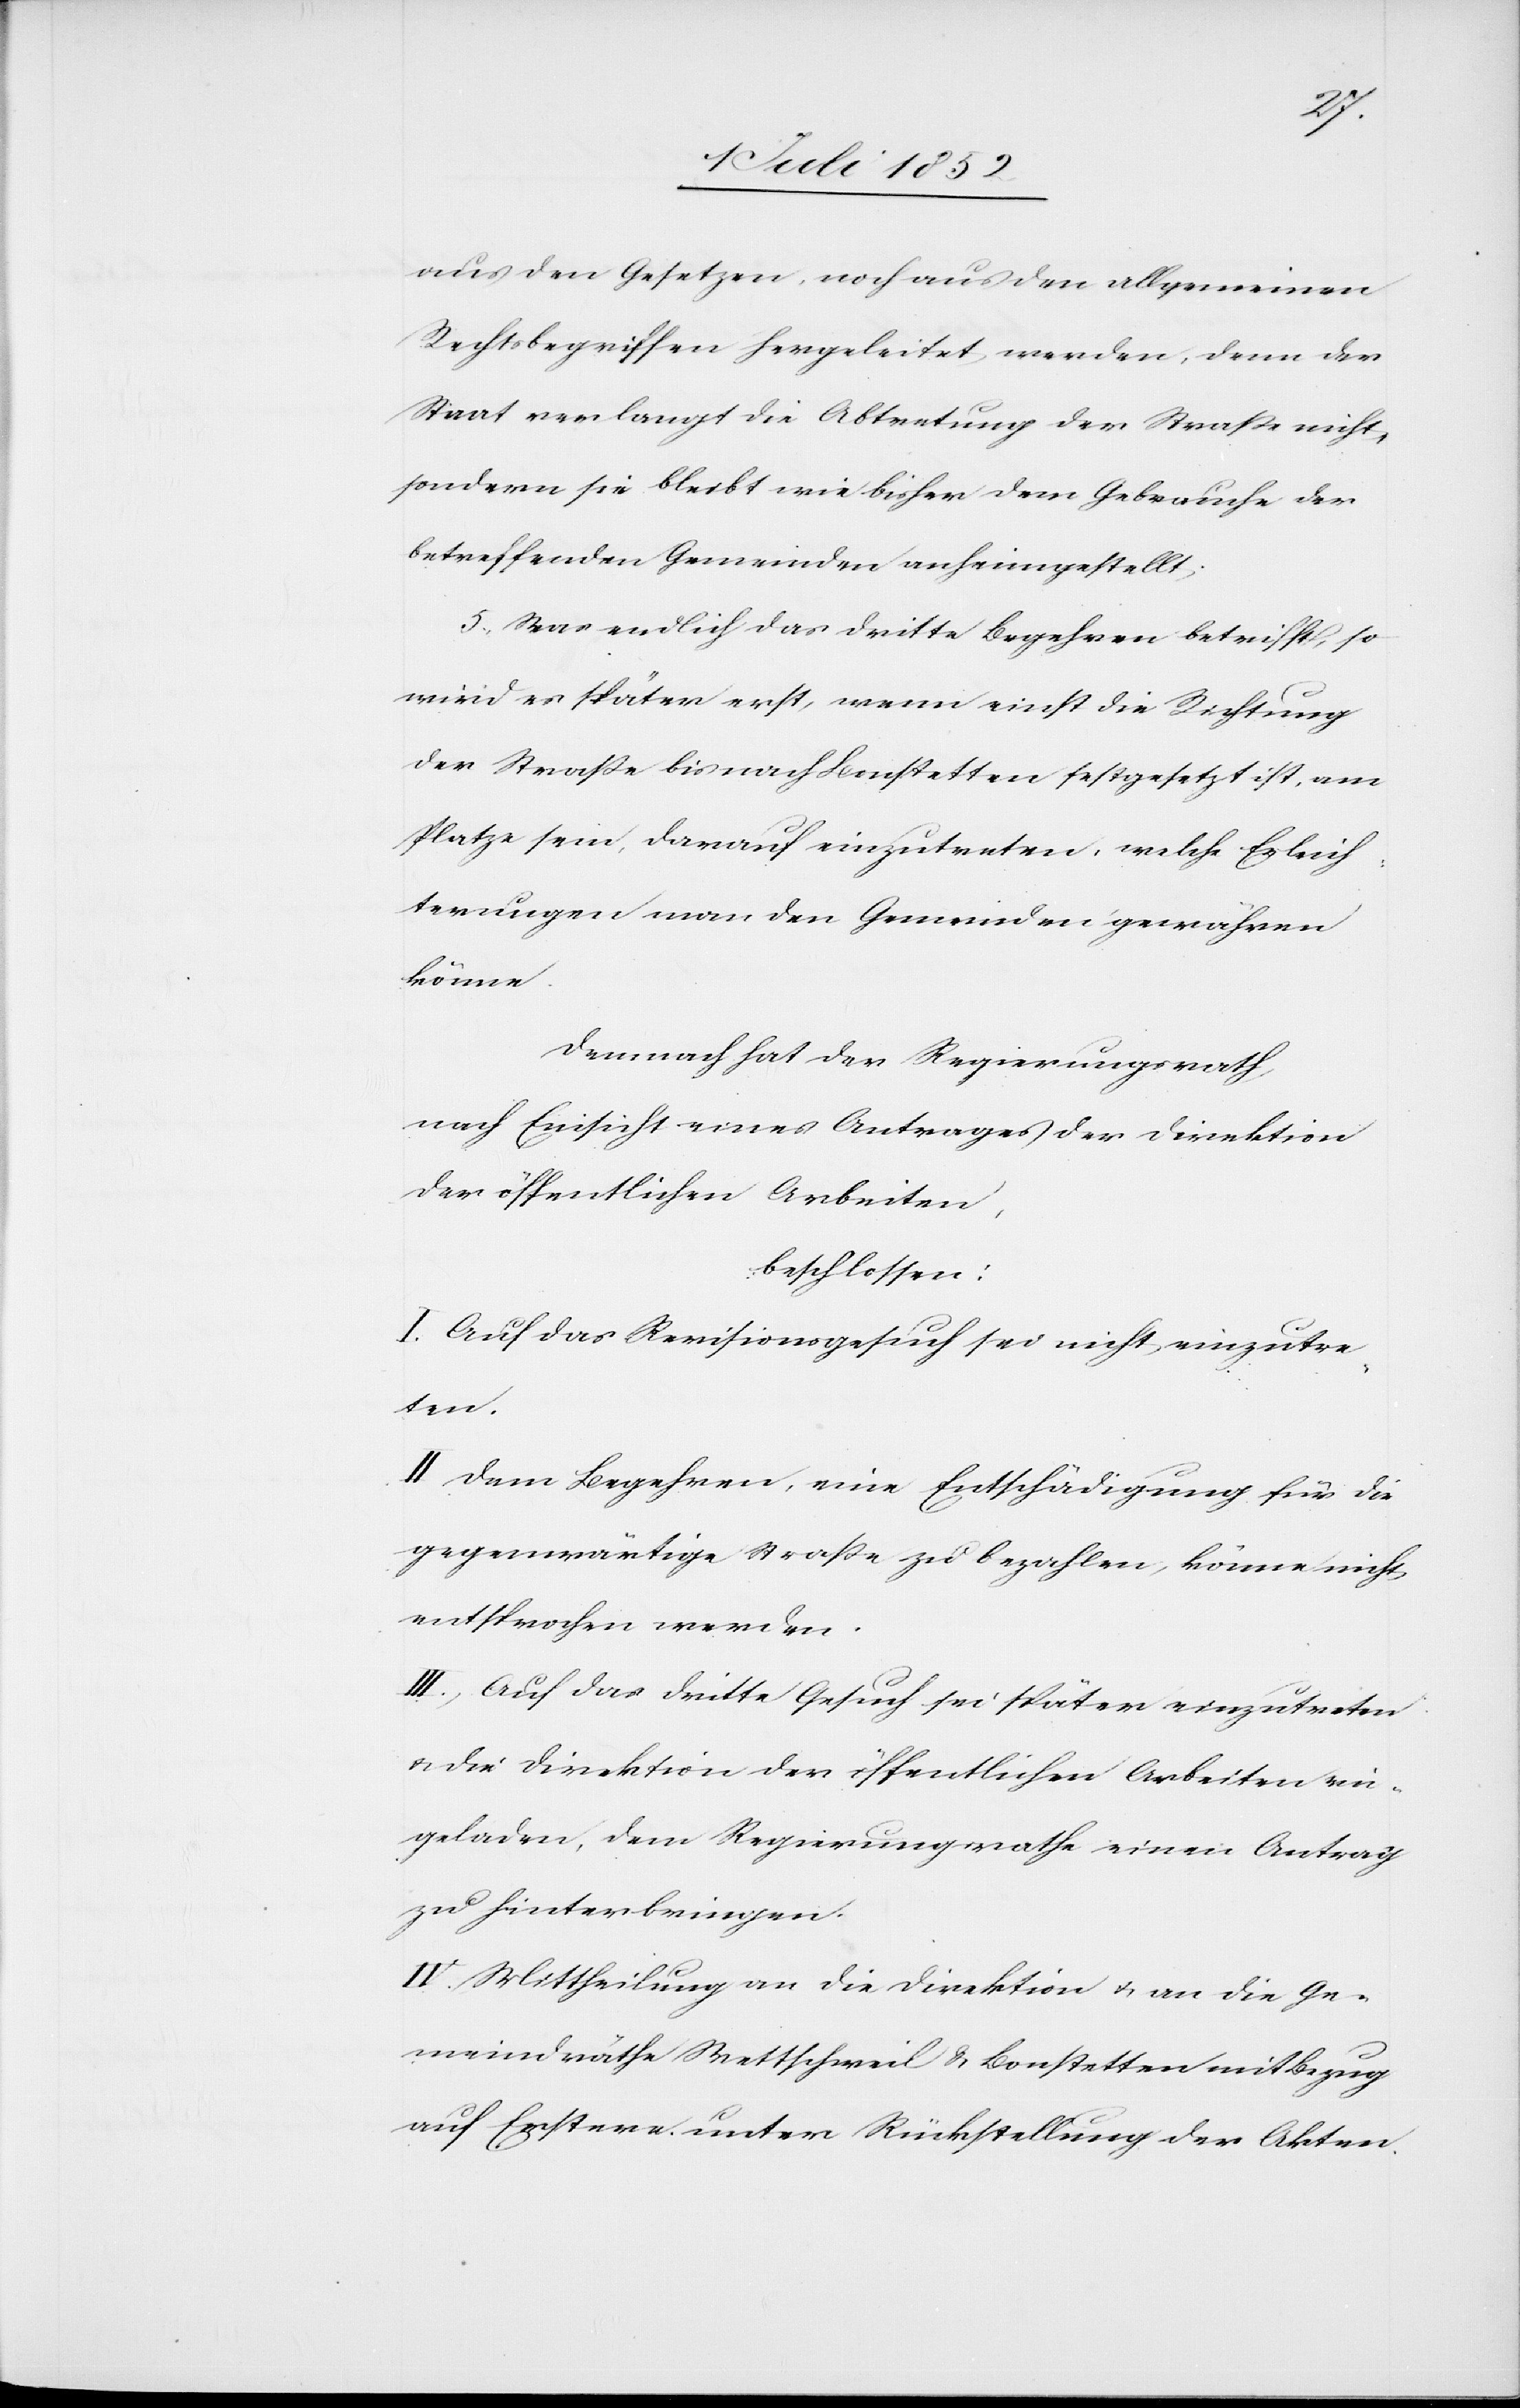
aus den Gesetzen, noch aus den allgemeinen
Rechtsbegriffen hergeleitet werden, denn der
Staat verlangt die Abtretung der Straße nicht,
sondern sie bleibt wie bisher dem Gebrauche der
betreffenden Gemeinden anheimgestellt.
5., Was endlich das dritte Begehren betrifft, so
wird es später erst, wenn einst die Richtung
der Straße bis nach Bonstetten festgesetzt ist, am
Platze sein, darauf einzutreten, welche Erleich¬
terungen man den Gemeinden gewähren
könne.
Demnach hat der Regierungsrath,
nach Einsicht eines Antrages der Direktion
der öffentlichen Arbeiten,
beschlossen:
I. Auf das Revisionsgesuch sei nicht einzutre¬
ten.
II Dem Begehren, eine Entschädigung für die
gegenwärtige Straße zu bezahlen, könne nicht
entsprochen werden.
III., Auf das dritte Gesuch sei später einzutreten
& die Direktion der öffentlichen Arbeiten ein¬
geladen, dem Regierungsrathe einen Antrag
zu hinterbringen.
IV. Mittheilung an die Direktion & an die Ge¬
meindräthe Wettschweil & Bonstetten mit Bezug
auf Erstere unter Rückstellung der Akten.